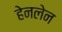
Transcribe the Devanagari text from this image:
हेनलेन